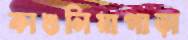
কাশুলিয়াপাড়া